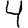
Digit: 4